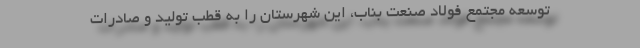
توسعه مجتمع فولاد صنعت بناب، این شهرستان را به قطب تولید و صادرات